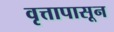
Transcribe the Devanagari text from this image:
वृत्तापासून